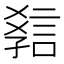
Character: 𧧿